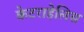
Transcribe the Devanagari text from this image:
केटराहेलिस